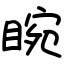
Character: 睕